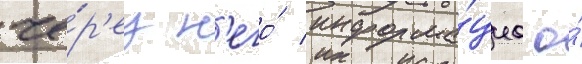
че́р'ез н'его́ информа́циа о́